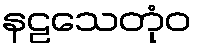
နဠသေတုံဝ